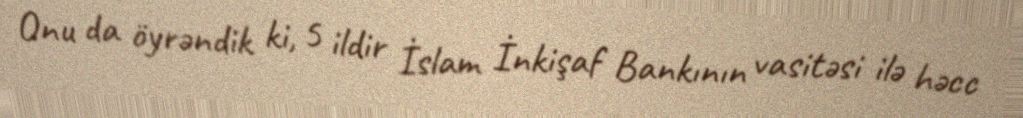
Onu da öyrəndik ki, 5 ildir İslam İnkişaf Bankının vasitəsi ilə həcc